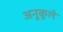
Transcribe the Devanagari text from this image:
अनुकूले